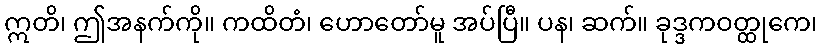
ဣတိ၊ ဤအနက်ကို။ ကထိတံ၊ ဟောတော်မူ အပ်ပြီ။ ပန၊ ဆက်။ ခုဒ္ဒကဝတ္ထုကေ၊